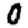
Digit: 0